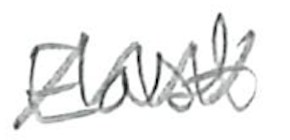
Text: East
Cross-out: zig-zag
Writing tool: pencil